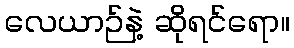
လေယာဉ်နဲ့ ဆိုရင်ရော။